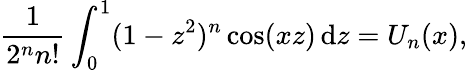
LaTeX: {\frac{1}{2^{n}n!}}\int_{0}^{1}(1-z^{2})^{n}\cos(xz)\, \mathrm{d}z=U_{n}(x),